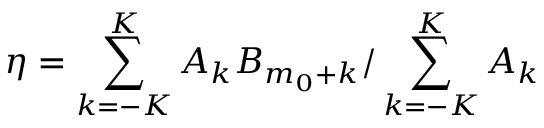
\eta = \sum _ { k = - K } ^ { K } A _ { k } B _ { m _ { 0 } + k } / \sum _ { k = - K } ^ { K } A _ { k }